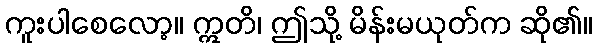
ကူးပါစေလော့။ ဣတိ၊ ဤသို့ မိန်းမယုတ်က ဆို၏။